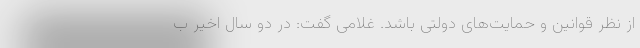
از نظر قوانین و حمایت‌های دولتی باشد. غلامی گفت: در دو سال اخیر ب